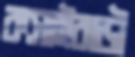
কসাইবাড়ী